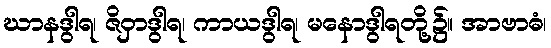
ဃာနဒွါရ၊ ဇိဝှာဒွါရ၊ ကာယဒွါရ၊ မနောဒွါရတို့၌။ အာဗာဓံ၊